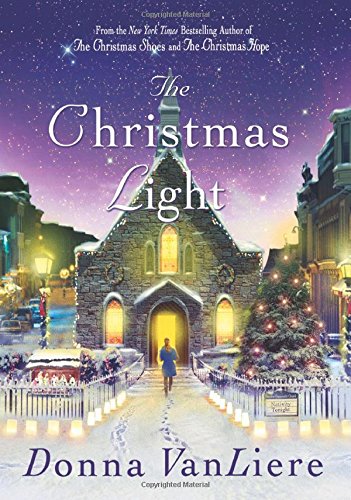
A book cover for The Christmas Light; Donna VanLiere; Literature & Fiction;